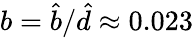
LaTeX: b=\hat{b}/\hat{d}\approx 0.023